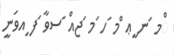
ްމ ަނ ީޢ ްމ ަހ ަމ ަޖއް ަސވާ ަފ ިއވަނީ